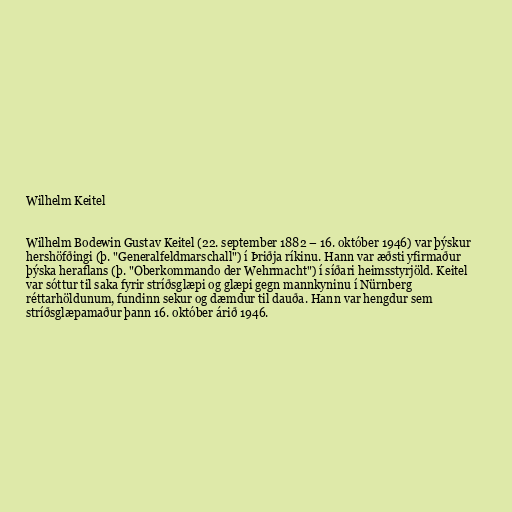
Wilhelm Keitel

Wilhelm Bodewin Gustav Keitel (22. september 1882 – 16. október 1946) var þýskur
hershöfðingi (þ. "Generalfeldmarschall") í Þriðja ríkinu. Hann var æðsti yfirmaður
þýska heraflans (þ. "Oberkommando der Wehrmacht") í síðari heimsstyrjöld. Keitel
var sóttur til saka fyrir stríðsglæpi og glæpi gegn mannkyninu í Nürnberg
réttarhöldunum, fundinn sekur og dæmdur til dauða. Hann var hengdur sem
stríðsglæpamaður þann 16. október árið 1946.